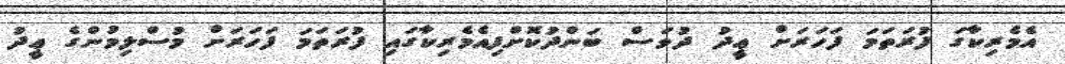
އެމެރިކާގަ ފުރަތަމަ ފަހަރަށް ޢީދު ދުވަސް ބަންދުކޮށްފިއެމެރިކާގައި ފުރަތަމަ ފަހަރަށް މުސްލިމުންގެ ޢީދު